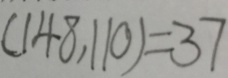
( 1 4 8 , 1 1 0 ) = 3 7